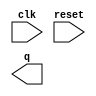
// Build a 32-bit Galois LFSR with taps at bit positions 32, 22, 2, and 1.

// Hint: This is long enough that you'd want to use vectors, not 32 instantiations of DFFs.

module top_module(
    input clk,
    input reset,    // Active-high synchronous reset to 32'h1
    output [31:0] q
); 

	// Insert your code here

endmodule